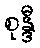
စုန္ဒီ